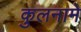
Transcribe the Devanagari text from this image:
कुलनामे